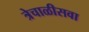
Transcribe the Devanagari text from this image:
त्रेचाळीसवा